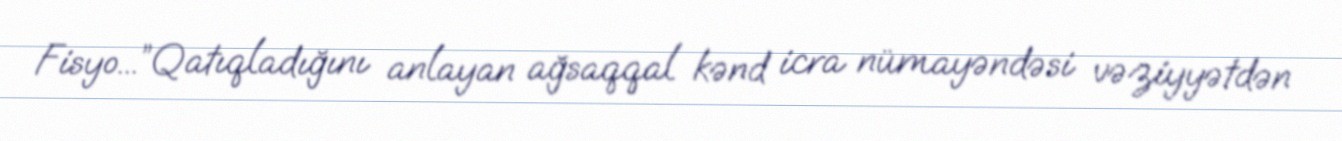
Fisyo...”Qatıqladığını anlayan ağsaqqal kənd icra nümayəndəsi vəziyyətdən